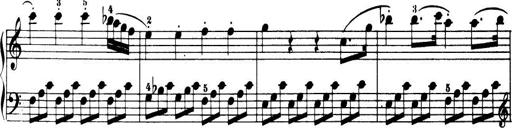
Title: 32 Sonatinas and Rondos for the Piano
Composer: Richard Kleinmichel